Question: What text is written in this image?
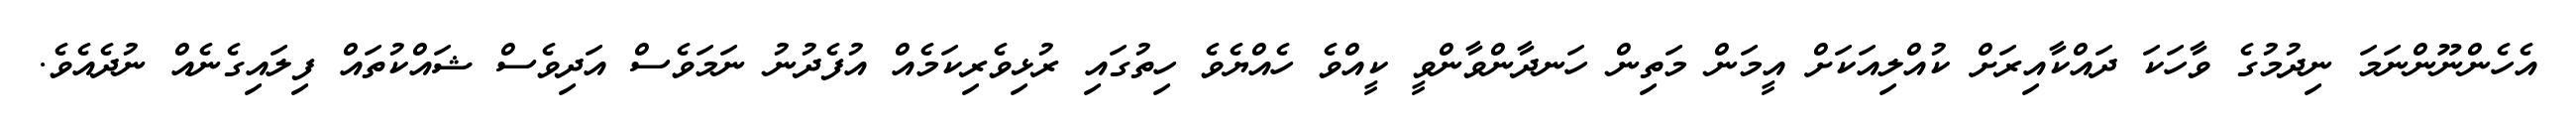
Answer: އެހެންނޫންނަމަ ނިދުމުގެ ވާހަކަ ދައްކާއިރަށް ކުއްލިއަކަށް އީމަން މަތިން ހަނދާންވާންވީ ކީއްވެ ހެއްޔެވެ ހިތުގައި ރުޅިވެރިކަމެއް އުފެދުނު ނަމަވެސް އަދިވެސް ޝައްކުތައް ފިލައިގެނެއް ނުދެއެވެ.